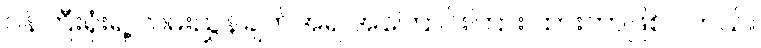
ဝန်ကြီးရုံးရဲ့ လမ်းညွှန်ချက်အရ အကြောင်းကြား ထားတာဖြစ်ပါတယ်။